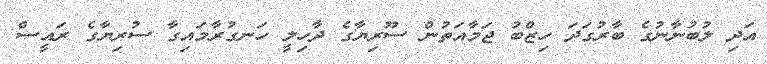
އަދި ލުބުނާނުގެ ބާރުގަދަ ހިޒްބު ޖަމާއަތުން ސޫރިޔާގެ ދާހިލީ ހަނގުރާމައިގާ ސުރިޔާގެ ރައީސް